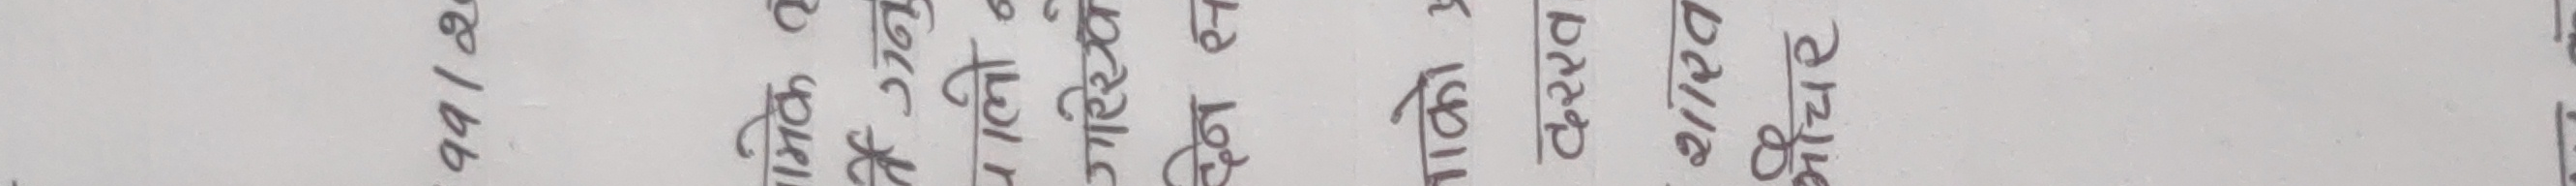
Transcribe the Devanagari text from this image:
९९/१६६
साहित्य
पत्रिका
मूल्य
छैटौँ वर्ष
अंक देखि
आज सम्म
पृष्ठ
मिति
दर्ता
मिति
लेख
मिति